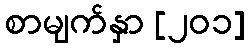
စာမျက်နှာ [၂၀၁]